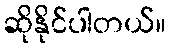
ဆိုနိုင်ပါတယ်။